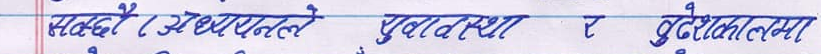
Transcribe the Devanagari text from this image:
सम्बर्द्धन र सक्षमताले पुर्वाधार र सुदुरिकरणमा